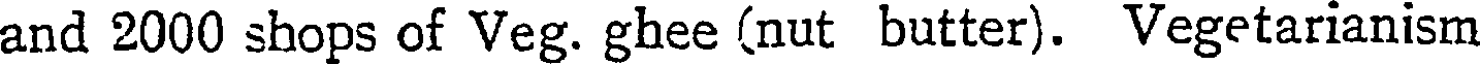
and 2000 shops of Veg. ghee (nut butter). Vegetarianism